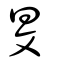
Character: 旻